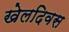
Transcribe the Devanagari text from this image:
खेलदिवस